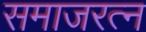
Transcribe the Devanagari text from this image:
समाजरत्न